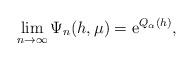
LaTeX: \begin{align*}\lim_{n\to \infty} \Psi_{n}(h,\mu) = {\rm e}^{Q_\alpha(h)},\end{align*}